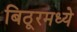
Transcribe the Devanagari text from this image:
बिठूरमध्ये